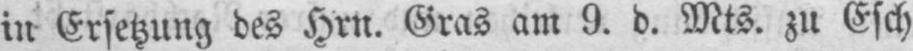
in Ersetzung des Hrn. Gras am 9. d. Mts. zu Esch